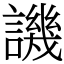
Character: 譏